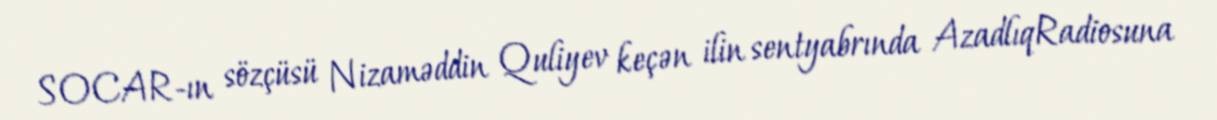
SOCAR-ın sözçüsü Nizaməddin Quliyev keçən ilin sentyabrında AzadlıqRadiosuna